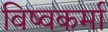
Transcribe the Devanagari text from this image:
विष्वकर्मा